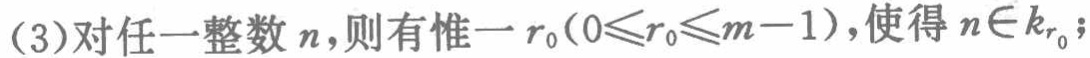
(3)对任一整数\(n\)，则有惟一\(r_{0}(0\leqslant r_{0}\leqslant m - 1)\)，使得\(n\in k_{r_{0}}\)；